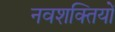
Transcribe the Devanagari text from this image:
नवशक्तियों